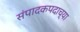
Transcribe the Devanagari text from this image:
संपादकपदाच्या